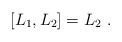
LaTeX: \begin{align*}\left[L_1,L_2\right]= L_2\ .\end{align*}